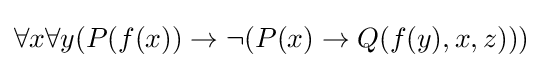
\forall x\forall y(P(f(x))\rightarrow \neg (P(x)\rightarrow Q(f(y),x,z)))